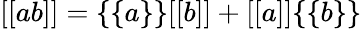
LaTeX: [[ab]]=\{ \{ a\} \} [[b]]+[[a]]\{ \{ b\} \}